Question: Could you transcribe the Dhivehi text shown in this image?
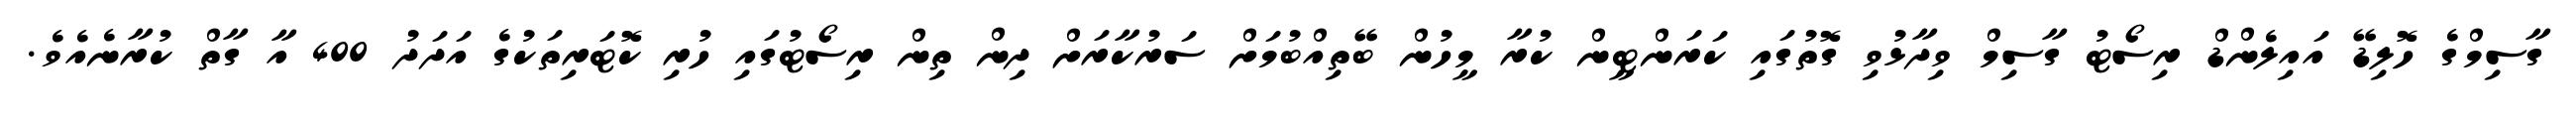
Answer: ގާސިމްގެ ހޮލިޑޭ އައިލެންޑް ރިސޯޓު ގާސިމް ވިދާޅުވި ގޮތުގައި ކަރަންޓީން ކުރާ މީހުން ބޭތިއްބުމަށް ސަރުކާރަށް ދިން ތިން ރިސޯޓުގައި ހުރި ކޮޓަރިތަކުގެ އަދަދު 400 އާ ގާތް ކުރާނެއެވެ.